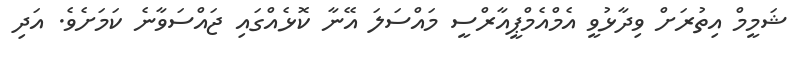
ޝަމީމް އިތުރަށް ވިދާޅުވީ އެމްއެމްޕީއާރްސީ މައްސަލަ އޭނާ ކޮޅެއްގައި ޖައްސަވާނެ ކަމަށެވެ. އަދި